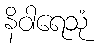
နိဝါရေသုံ